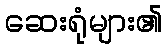
ဆေးရုံများ၏